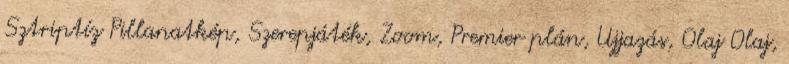
Sztriptíz Pillanatkép, Szerepjáték, Zoom, Premier plán, Ujjazás, Olaj Olaj,